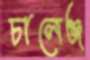
চালেঞ্জ